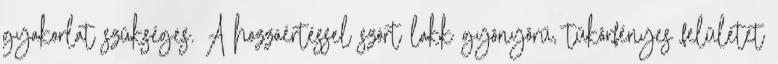
gyakorlat szükséges. A hozzáértéssel szórt lakk gyönyörű, tükörfényes felületet